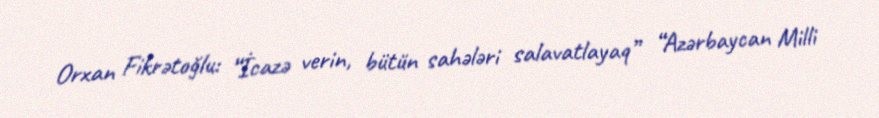
Orxan Fikrətoğlu: “İcazə verin, bütün sahələri salavatlayaq” “Azərbaycan Milli